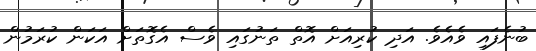
ބުނެފައި ވެއެވެ. އަދި ކުރިއަށް އޮތް ތަނުގައި ވެސް އެގޮތަށް އަކަން ކުރަމުން